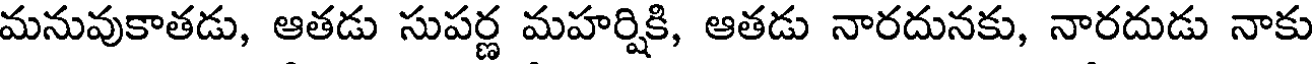
మనువుకాతడు, ఆతడు సుపర్ణ మహర్షికి, ఆతడు నారదునకు, నారదుడు నాకు